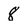
Character: 8